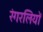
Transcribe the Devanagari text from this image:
रंगरलियों